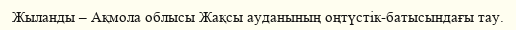
Жыланды – Ақмола облысы Жақсы ауданының оңтүстік-батысындағы тау.